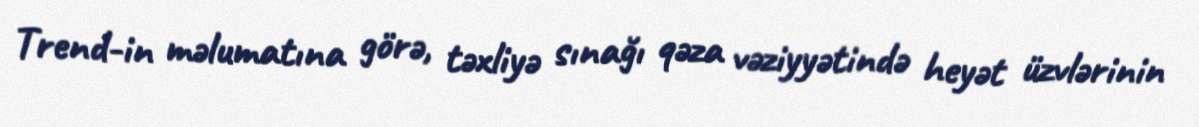
Trend-in məlumatına görə, təxliyə sınağı qəza vəziyyətində heyət üzvlərinin